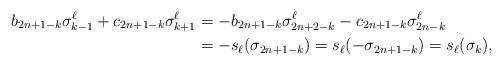
LaTeX: \begin{align*}b_{2n+1-k} \sigma_{k-1}^\ell+c_{2n+1-k} \sigma_{k+1}^\ell&=- b_{2n+1-k} \sigma_{2n+2-k}^\ell - c_{2n+1-k} \sigma_{2n-k}^\ell\\&=-s_\ell( \sigma_{2n+1-k})=s_\ell(-\sigma_{2n+1-k})=s_\ell(\sigma_{k}),\end{align*}